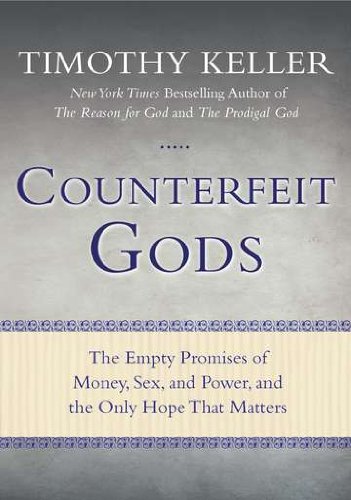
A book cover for Counterfeit Gods: The Empty Promises of Money, Sex, and Power, and the Only Hope that Matters; Timothy Keller; Christian Books & Bibles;